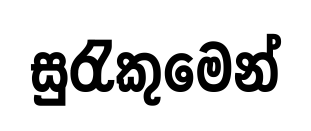
සුරැකුමෙන්